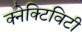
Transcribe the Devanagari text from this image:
क्नेक्टिविटी